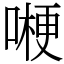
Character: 𠼰